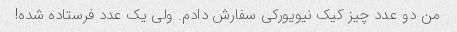
من دو عدد چیز کیک نیویورکی سفارش دادم. ولی یک عدد فرستاده شده!